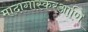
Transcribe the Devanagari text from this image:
मादागास्करआणि